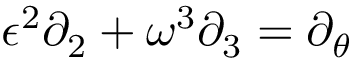
\epsilon ^ { 2 } \partial _ { 2 } + \omega ^ { 3 } \partial _ { 3 } = \partial _ { \theta }